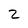
Character: 2